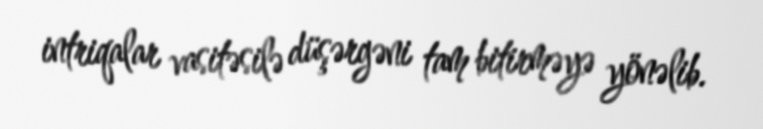
intriqalar vasitəsilə düşərgəni tam bitirməyə yönəlib.